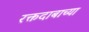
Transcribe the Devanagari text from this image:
रक्तदाबाच्या